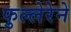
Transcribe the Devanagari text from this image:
फुल्लेरेने